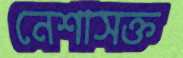
নেশাসক্ত